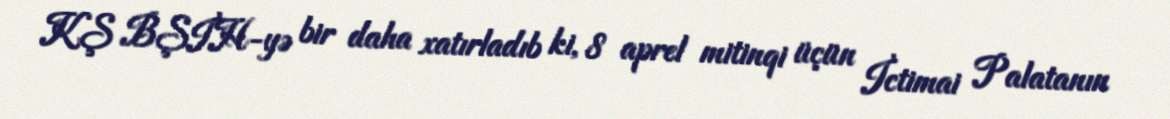
KŞ BŞİH-yə bir daha xatırladıb ki, 8 aprel mitinqi üçün İctimai Palatanın